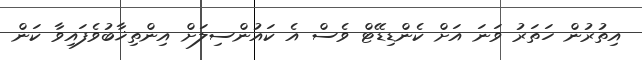
އިތުރުން ހަތަރު ވަނަ އަށް ކެންޑިޑޭޓް ވެސް އެ ކައުންސިލަށް އިންތިޚާބުވެފައިވާ ކަން